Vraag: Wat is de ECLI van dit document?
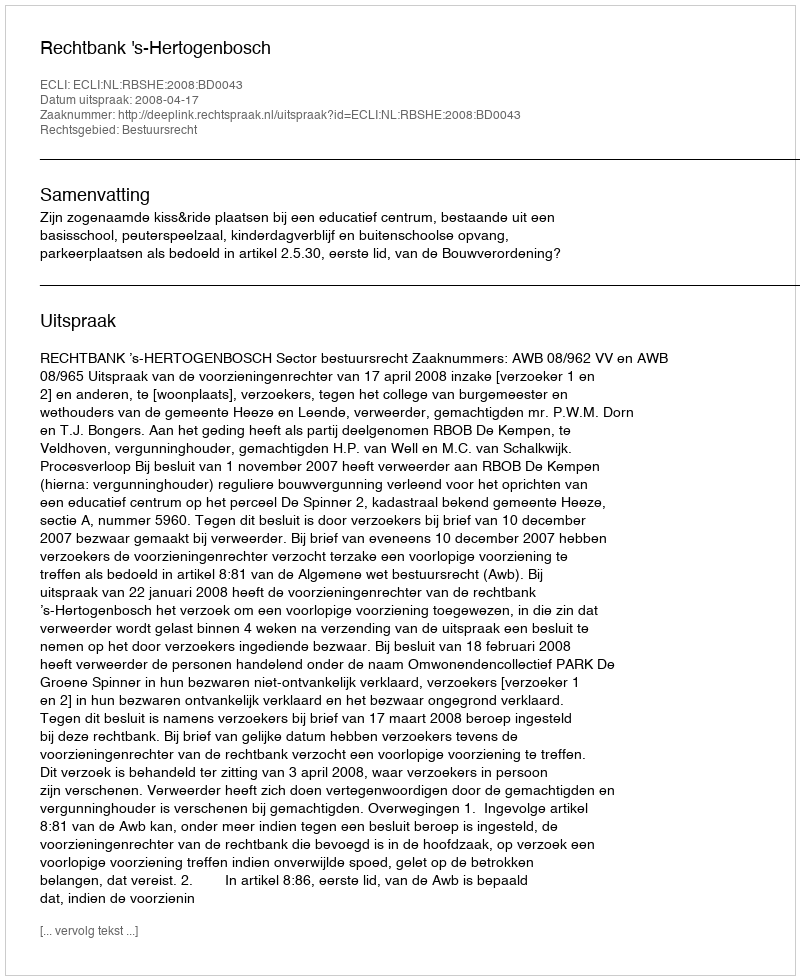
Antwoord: ECLI:NL:RBSHE:2008:BD0043